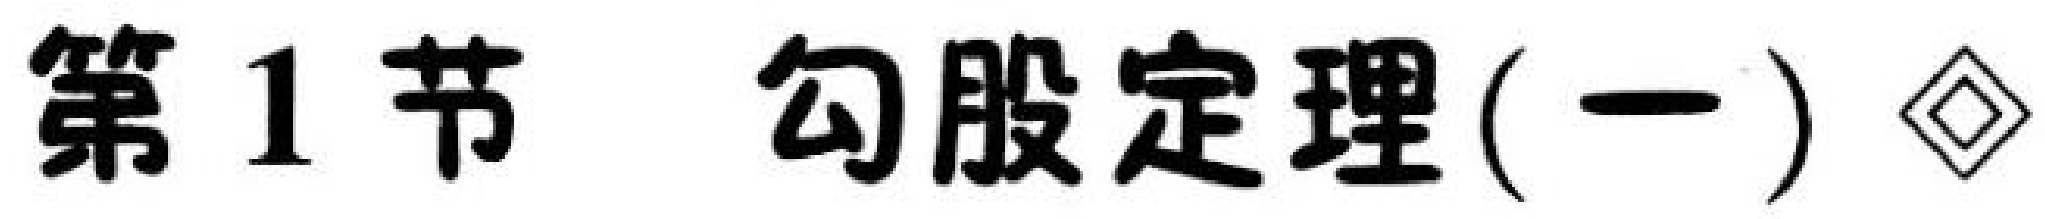
第 1 节  勾股定理(一)  ◇